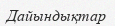
Дайындықтар